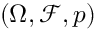
( \Omega , { \mathcal { F } } , p )